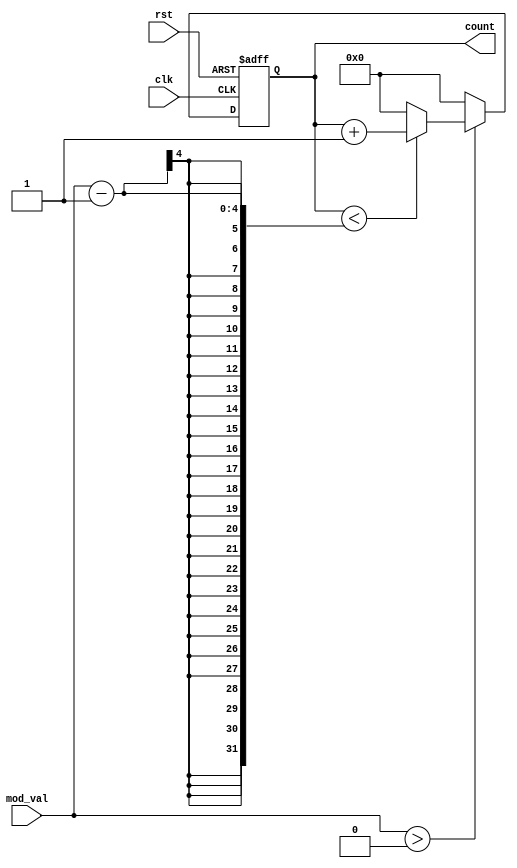
module modulus_counter (
    input wire clk,            // Clock signal
    input wire rst,            // Asynchronous reset signal
    input wire [3:0] mod_val,  // Programmable modulus value (up to 15)
    output reg [3:0] count     // Current count value
);

    // Always block triggered on the rising edge of the clock or when reset is asserted
    always @(posedge clk or posedge rst) begin
        if (rst) begin
            count <= 4'b0000;   // Reset count to 0
        end else begin
            // Check if modulus value is valid (greater than 0)
            if (mod_val > 0) begin
                // Increment count
                if (count < (mod_val - 1)) begin
                    count <= count + 1;
                end else begin
                    count <= 4'b0000; // Wrap around to 0
                end
            end else begin
                count <= 4'b0000; // If mod_val is 0 or 1, keep count at 0
            end
        end
    end

endmodule